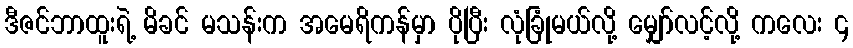
ဒီဇင်ဘာထူးရဲ့ မိခင် မသန်းက အမေရိကန်မှာ ပိုပြီး လုံခြုံမယ်လို့ မျှော်လင့်လို့ ကလေး ၄